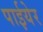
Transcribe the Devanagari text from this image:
पाईयेर